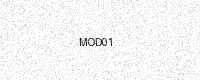
Text: MOD01